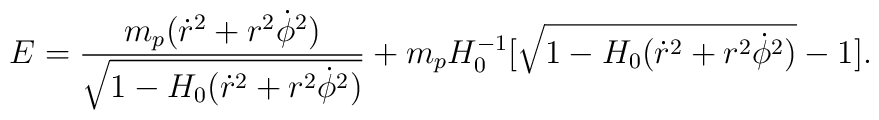
E=\frac{m_p(\dot{r}^2 +r^2\dot{\phi}^2)}{\sqrt{1-H_0(\dot{r}^2        +r^2\dot{\phi}^2)}}+ m_pH_0^{-1}[\sqrt{1-H_0(\dot{r}^2	+r^2\dot{\phi}^2)}-1].